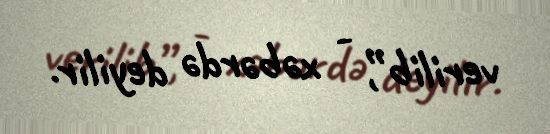
verilib”, - xəbərdə deyilir.